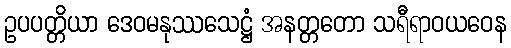
ဥပပတ္တိယာ ဒေဝမနုဿသေဋ္ဌံ အနတ္တတော သရီရာဝယဝေန